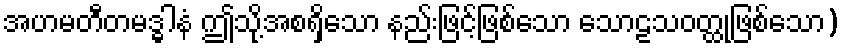
အဟမတီတမဒ္ဓါနံ ဤသို့အစရှိသော နည်းဖြင့်ဖြစ်သော သောဠသဝတ္ထုဖြစ်သော)